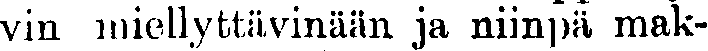
vin miellyttävinään ja niinpä mak-